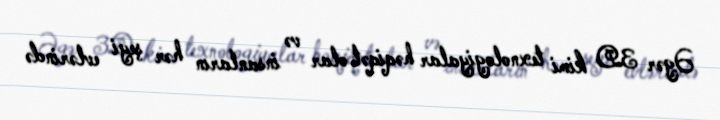
Əgər 3D kimi texnologiyalar həqiqət olar və insanların hər şeyi evlərində